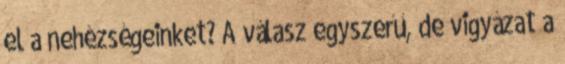
el a nehézségeinket? A válasz egyszerű, de vigyázat a